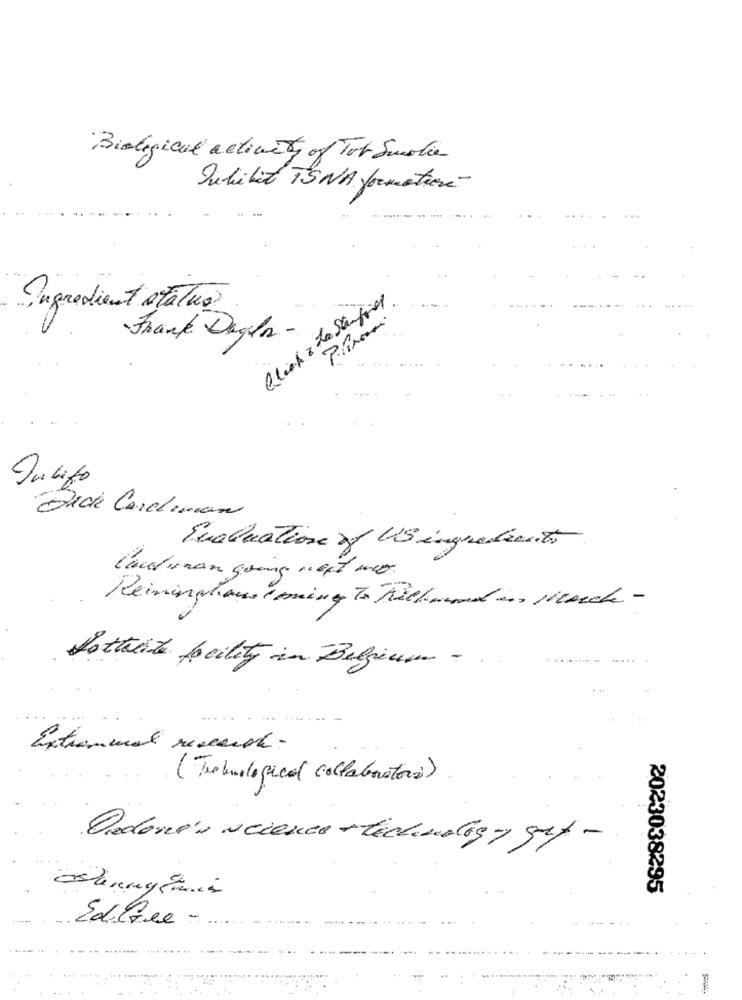
Biological activity of Tet Suolie
Duhibit TS NA formatière
Click & La Stanfords
Ingredient status?
Frank Daglan -
Dide Cardiman
Evaluation z/ 115 ingredient5
lauluman going next mo
Keininghaus iming To Kilkuund in March -
--
Lottalite facility in Belgium -..
Extremmal research .
(Trobiologica( collaboratore)
Oredone's science +technology grf -
2023038295
EL.free -